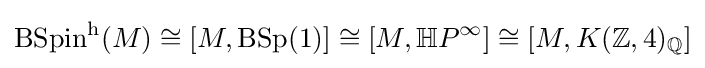
\operatorname {BSpin} ^{\mathrm {h} }(M)\cong [M,\operatorname {BSp} (1)]\cong [M,\mathbb {H} P^{\infty }]\cong [M,K(\mathbb {Z} ,4)_{\mathbb {Q} }]